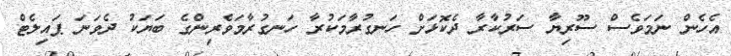
އެހެން ނަމަވެސް ސޫރިޔާ ސަރުކާރާ ދެކޮޅަށް ހަނގުރާމަކުރާ ހަނގުރާމަވެރިންގެ ބަޔަކު ދެވަނަ ޕައިލެޓް